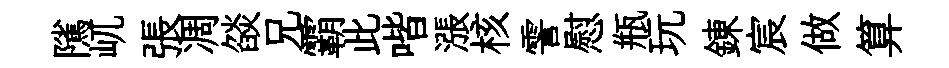
隲屼張凋燄兄霸此喈漲核霅慰瓶玩錬宸做算